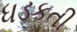
ધડકતી